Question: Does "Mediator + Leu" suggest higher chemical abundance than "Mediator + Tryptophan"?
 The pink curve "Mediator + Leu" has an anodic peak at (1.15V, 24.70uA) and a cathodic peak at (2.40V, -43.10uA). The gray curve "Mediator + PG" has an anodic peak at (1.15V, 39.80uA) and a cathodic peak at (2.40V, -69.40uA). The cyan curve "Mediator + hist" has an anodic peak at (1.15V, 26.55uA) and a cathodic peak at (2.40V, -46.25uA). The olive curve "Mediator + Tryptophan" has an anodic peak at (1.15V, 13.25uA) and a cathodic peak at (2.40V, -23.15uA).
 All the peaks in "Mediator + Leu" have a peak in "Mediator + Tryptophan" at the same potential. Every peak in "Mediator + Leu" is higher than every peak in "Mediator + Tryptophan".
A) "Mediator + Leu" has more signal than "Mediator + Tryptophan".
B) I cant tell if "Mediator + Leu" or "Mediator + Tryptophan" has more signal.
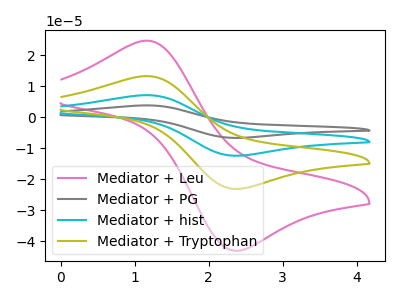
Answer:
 <answer>A) "Mediator + Leu" has more signal than "Mediator + Tryptophan".</answer>
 <eval>A</eval>